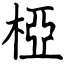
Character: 椏